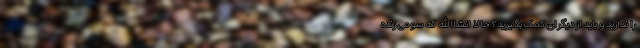
را ندارید و باید از دیگران کمک بگیرید؟ حالا انشاالله که سومی زنده